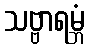
သဗ္ဗာရမ္ဘံ